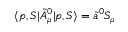
\langle p , S | \tilde { A } _ { \mu } ^ { 0 } | p , S \rangle = \tilde { a } ^ { 0 } S _ { \mu }